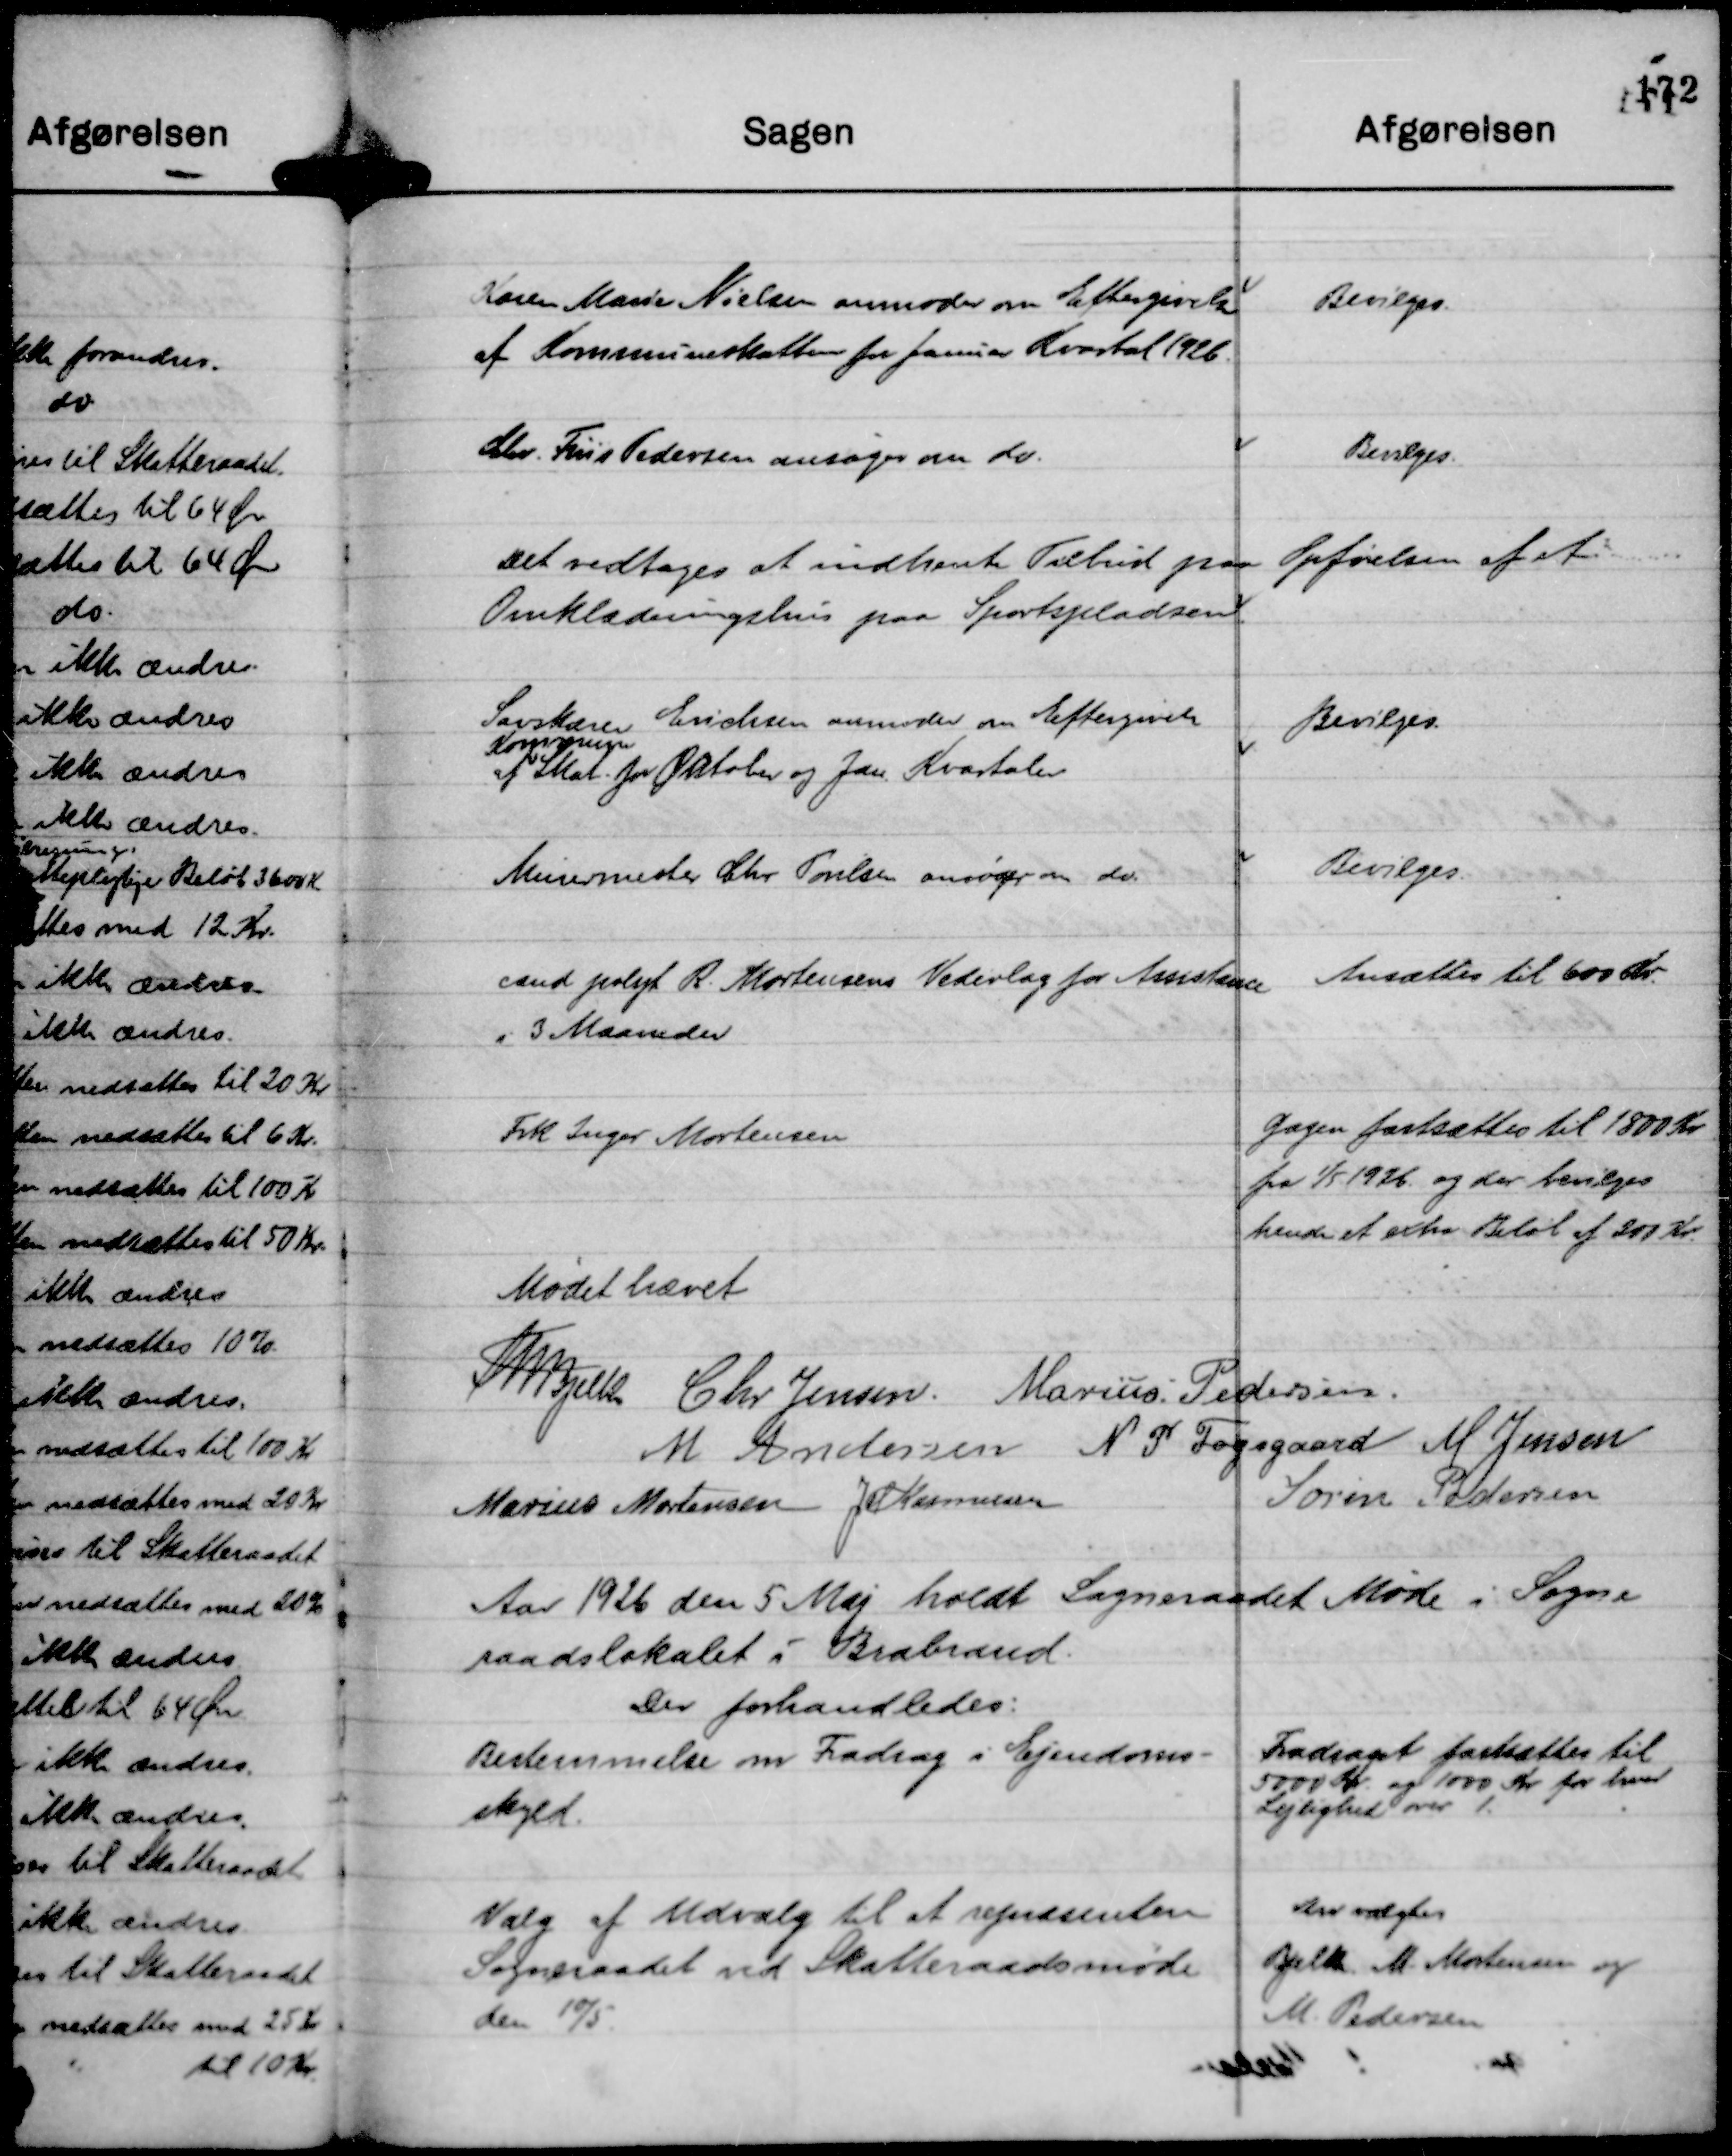
Transskription:
Karen Marie Nielsen anmoder om Eftergivelse
af Kommuneskatten for Januar Kvartal 1926.

Bevilges.

Chr. Friis Pedersen ansøger om do.

Bevilges.

Det vedtages at indhente Tilbud paa Opførelsen af et
Omklædningshus paa Sportspladsen.

Savskærer Erichsen anmoder om Eftergivelse
af
Kommune
Skat for Oktober og Jan. Kvartaler

Bevilges.

Murermester Chr Poulsen ansøger om do.

Bevilges.

cand polyt R. Mortensens Vederlag for Assistance
i 3 Maaneder

Ansættes til 600 Kr.

Frk Inger Mortensen

Gagen fastsættes til 1800 Kr
fra 1/5 1926 og der bevilges
hende et extra Beløb af 300 Kr.

Mødet hævet
Th Bjelke
Chr Jensen.
Marius Pedersen.
M Andersen
N P Fogsgaard
M Jensen
Marius Mortensen
JM Rasmussen
Søren Pedersen

Aar 1926 den 5 Maj holdt Sogneraadet Møde i Sogne
raadslokalet i Brabrand.
Der forhandledes:

Bestemmelse om Fradrag i Ejendoms-
skyld.

Fradraget fastsattes til
5000 Kr. og 1000 Kr for hver
Lejlighed over 1.

Valg af Udvalg til at repræsentere
Sogneraadet ved Skatteraadsmøde
den 10/5.

Der valgtes
Bjelke M. Mortensen og
M. Pedersen